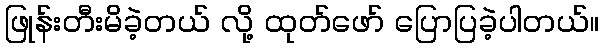
ဖြုန်းတီးမိခဲ့တယ် လို့ ထုတ်ဖော် ပြောပြခဲ့ပါတယ်။